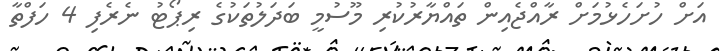
އަށް ހުށަހެޅުމަށް ރާއްޖެއިން ތައްޔާރުކުރި މޫސުމީ ބަދަލުތަކުގެ ރިޕޯޓު ނެރެފި 4 ހަފްތާ